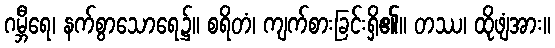
ဂမ္ဘီရေ၊ နက်စွာသောရေ၌။ စရိတံ၊ ကျက်စားခြင်းရှိ၏။ တဿ၊ ထိုဖျံအား။